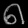
Digit: ၈